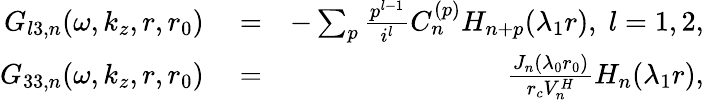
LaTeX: \begin{array}{rlr}{G_{l3,n}(\omega,k_{z},r,r_{0})}&{{}=}&{-\sum_{p}\frac{p^{l-1}}{i^{l}}C_{n}^{(p)}H_{n+p}(\lambda_{1}r),\; l=1,2,}\\ {G_{33,n}(\omega,k_{z},r,r_{0})}&{{}=}&{\frac{J_{n}(\lambda_{0}r_{0})}{r_{c}V_{n}^{H}}H_{n}(\lambda_{1}r),}\end{array}